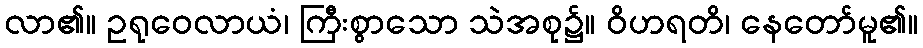
လာ၏။ ဥရုဝေလာယံ၊ ကြီးစွာသော သဲအစု၌။ ဝိဟရတိ၊ နေတော်မူ၏။